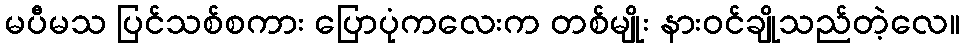
မပီမသ ပြင်သစ်စကား ပြောပုံကလေးက တစ်မျိုး နားဝင်ချိုသည်တဲ့လေ။